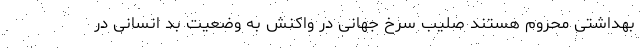
بهداشتی محروم هستند صلیب سرخ جهانی در واکنش به وضعیت بد انسانی در